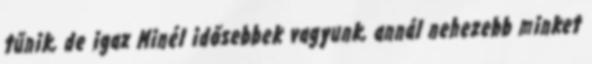
tűnik, de igaz Minél idősebbek vagyunk, annál nehezebb minket